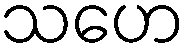
သဟေ